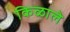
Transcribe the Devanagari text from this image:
किळाले